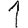
Digit: 1